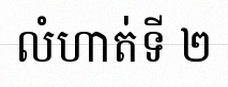
លំហាត់ទី ២